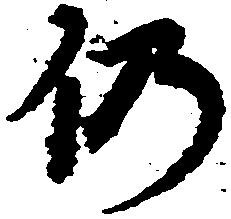
仍